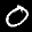
Label: 0